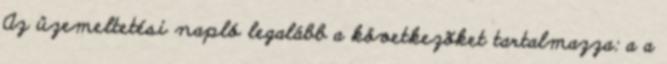
Az üzemeltetési napló legalább a következõket tartalmazza: a a